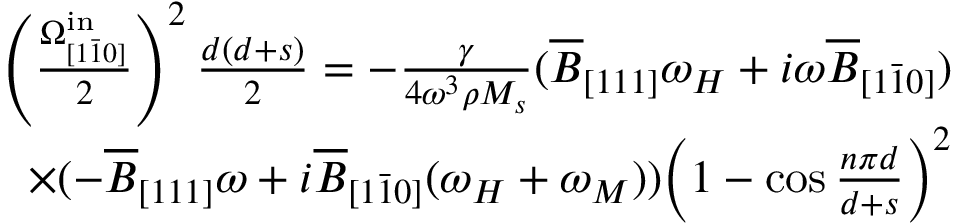
\begin{array} { r } { \left( \frac { \Omega _ { [ 1 \bar { 1 } 0 ] } ^ { \mathrm { i n } } } { 2 } \right) ^ { 2 } \frac { d ( d + s ) } { 2 } = - \frac { \gamma } { 4 \omega ^ { 3 } \rho M _ { s } } ( \overline { { B } } _ { [ 1 1 1 ] } \omega _ { H } + i \omega \overline { { B } } _ { [ 1 \bar { 1 } 0 ] } ) } \\ { \times ( - \overline { { B } } _ { [ 1 1 1 ] } \omega + i \overline { { B } } _ { [ 1 \bar { 1 } 0 ] } ( \omega _ { H } + \omega _ { M } ) ) \Big ( 1 - \cos { \frac { n \pi d } { d + s } } \Big ) ^ { 2 } } \end{array}